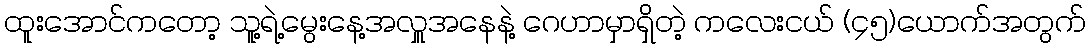
ထူးအောင်ကတော့ သူ့ရဲ့မွေးနေ့အလှူအနေနဲ့ ဂေဟာမှာရှိတဲ့ ကလေးငယ် (၄၅)ယောက်အတွက်